Report of the Hyderabad Chloroform Commission
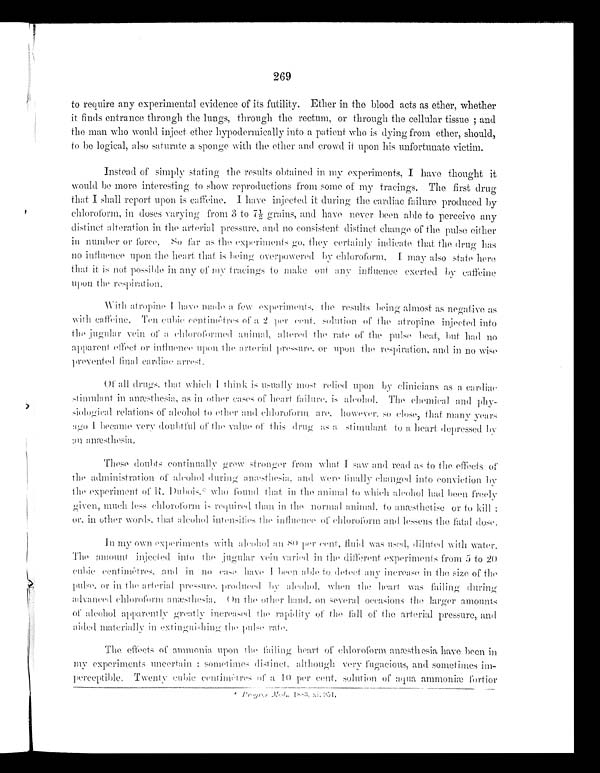
269
to require any experimental evidence of its futility. Ether in the blood acts as ether, whether
it finds entrance through the lungs, through the rectum, or through the cellular tissue; and
the man who would inject ether hypodermically into a patient who is dying from ether, should,
to he logical, also saturate a sponge with the ether and crowd it upon his unfortunate victim.
Instead of simply stating the results obtained in my experiments, I have thought it
would be more interesting to show reproductions from some of my tracings. The first drug
that I shall report upon is caffeine. I have injected it during the cardiac failure produced by
chloroform, in doses varying from 3 to 7 1/2 grains, and have never been able to perceive any
distinct alteration in the arterial pressure, and no consistent distinct change of the pulse either
in number or force. So far as the experiments go, they certainly indicate that the drug has
no influence upon the heart that is being overpowered by chloroform. I may also state here
that it is not possible in any of my tracings to make out any influence exerted by caffeine
upon the respiration.
Wi t h a t r o p i n e I h a v e ma d e a f e w e x p e r i me n t s , t h e r e s u l t s b e i n g a l mo s t a s n e g a t i v e a s
with caffeine. Ten cubic centimiêtres of a 2 per cent. solution of the atropine injected into
t he j ugul ar vei n of a chl or of or med ani mal , al t er ed t he r at e of t he pul s e beat , but had no
apparent effect or influence upon the arterial pressure, or upon the respiration, and in no
w i s e p r e v e n t e d f i n a l c a r d i a c a r r e s t .
Of all drugs, that which I think is usually most relied upon by clinicians as a cardiac
stimulant in anæsthesia as in other cases of heart failure, is alcohol. The chemical and phy-
relations of alcohol to ether and
are, however, so close, that many ye
ars ago I became very doubtful of the value of this drug as a stimulant to a heart depressed by
an anæsthesia.
These doubts continually grew stronger from what I saw and read as to the effects of
the administration of alcohol anæsthesia and were finally changed into
conviction by the experiment of R, Dubois,* who found that in the animal to which had been freely
given, much less chloroform is required than in the normal animal, to anæsthetise or to kill:
or, in other words, that alcohol intensifies the influence of chloroform and lessens the fatal dose
.
In my own experiments with alcohol an 80 per cent. fluid was used, diluted with water.
The amount injected into the jugular vein varied in the different experiments from 5 to 2
0 cubic centimêtres, and in no case have I been able to detect any increase in the size of the
pulse, or in the arterial pressure produced by alcohol, when the heart was failing during
advanced chloroform. anæsthesia. On the other hand, on several occasions the larger amounts
of alcohol apparently greatly increased the rapidity of the fall of the arterial pressure, and
aided materially in extinguishing the pulse rate.
The effects of ammonia upon the failing heart of chloroform anæsthesia have been
experiments uncertain; sometimes distinct, although very fugacious, and sometimes i
m-perceptible. Twenty cubic centimêtres of a 10 per cent. solution of aqua ammoniæ fortior
* Progress Mid., 1883 xi. 951.